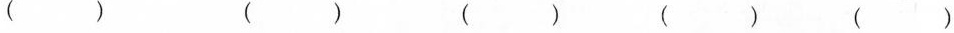
( ) ( ) ( ) ( ) ( )